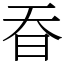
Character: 昋